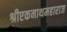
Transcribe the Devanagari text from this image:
श्रीएकनाथमहाराज